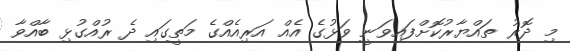
މި ދޮރު ތައްޔާރުކޮށްފައިވަނީ ވަޅުގެ އެއް އަރިއެއްގެ މަތީގައި ދެ ރުއްގުޅި ބާއްވާ